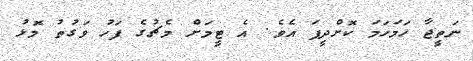
ނަތީޖާ ހަމަހަމަ ކޮށްދީފަ އެވެ. އެ ޓީމަށް މެޗުގެ ފަހު ވަގުތު މޮޅު